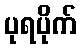
ပုရပိုက်